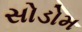
સોડોમ